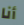
أنا